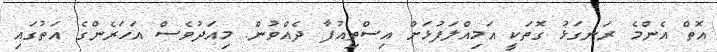
އޮތް އެންމެ ރަނގަޅު ގޮތަކީ އަމިއްލަފުޅަށް އިސްތިއުފާ ދެއްވުން. މިއަދުވެސް އަހަރެންގެ އަތުގައި